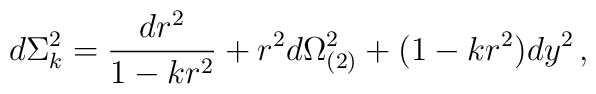
d\Sigma_k ^2 = {{dr^2} \over {1-kr^2}} + r^2 d\Omega_{(2)} ^2 +(1-kr^2) dy^2 \, ,